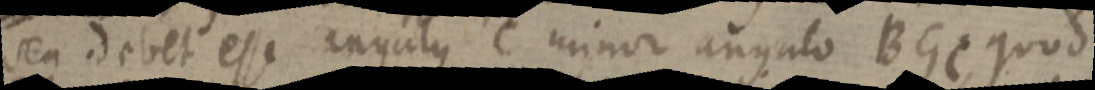
seu debet esse angulus C minor angulo BGC quod